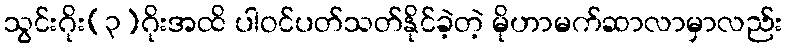
သွင်းဂိုး(၃)ဂိုးအထိ ပါဝင်ပတ်သတ်နိုင်ခဲ့တဲ့ မိုဟာမက်ဆာလာမှာလည်း